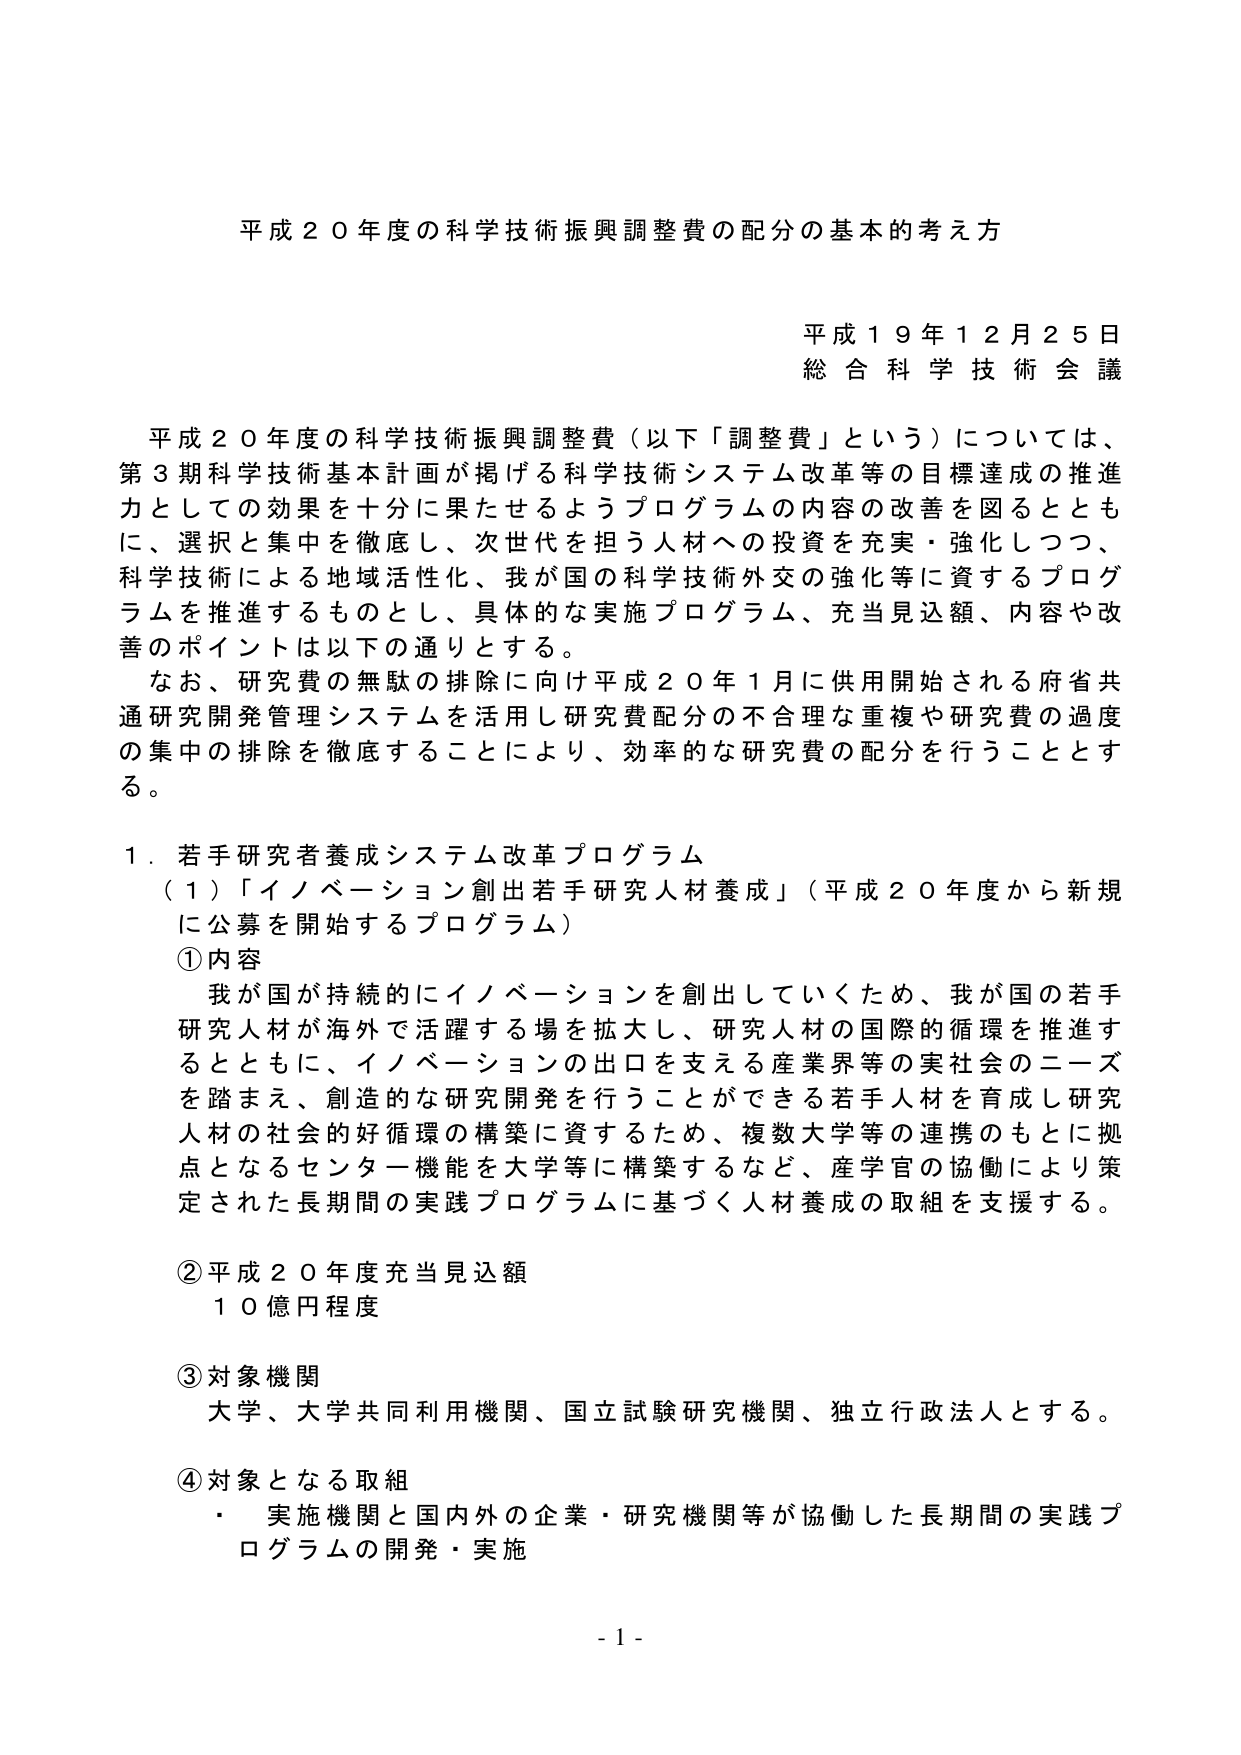
平成２０年度の科学技術振興調整費の配分の基本的考え方

平成１９年１２月２５日
総合科学技術会議

平成２０年度の科学技術振興調整費（以下「調整費」という）については、
第３期科学技術基本計画が掲げる科学技術システム改革等の目標達成の推進力としての効果を十分に果たせるようプログラムの内容の改善を図るとともに、選択と集中を徹底し、次世代を担う人材への投資を充実・強化しつつ、科学技術による地域活性化、我が国の科学技術外交の強化等に資するプログラムを推進するものとし、具体的な実施プログラム、充当見込額、内容や改善のポイントは以下の通りとする。

なお、研究費の無駄の排除に向け平成２０年１月に供用開始される府省共通研究開発管理システムを活用し研究費配分の不合理な重複や研究費の過度の集中の排除を徹底することにより、効率的な研究費の配分を行うこととする。

１．若手研究者養成システム改革プログラム
（１）「イノベーション創出若手研究人材養成」（平成２０年度から新規に公募を開始するプログラム）
①内容
　我が国が持続的にイノベーションを創出していくため、我が国の若手研究人材が海外で活躍する場を拡大し、研究人材の国際的循環を推進するとともに、イノベーションの出口を支える産業界等の実社会のニーズを踏まえ、創造的な研究開発を行うことができる若手人材を育成し研究人材の社会的好循環の構築に資するため、複数大学等の連携のもとに拠点となるセンター機能を大学等に構築するなど、産学官の協働により策定された長期間の実践プログラムに基づく人材養成の取組を支援する。

②平成２０年度充当見込額
　１０億円程度

③対象機関
　大学、大学共同利用機関、国立試験研究機関、独立行政法人とする。

④対象となる取組
　・実施機関と国内外の企業・研究機関等が協働した長期間の実践プログラムの開発・実施

- 1 -